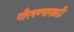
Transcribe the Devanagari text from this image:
गौरवण्यासाठी